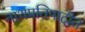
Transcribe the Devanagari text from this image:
नाथप्रतिपादीत